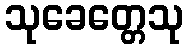
သုခေတ္တေသု